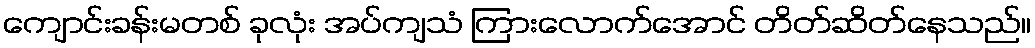
ကျောင်းခန်းမတစ် ခုလုံး အပ်ကျသံ ကြားလောက်အောင် တိတ်ဆိတ်နေသည်။